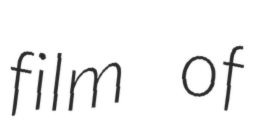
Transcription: film of